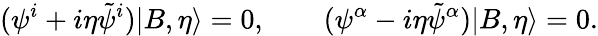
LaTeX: (\psi^{i}+i\eta\tilde{\psi}^{i})|B,\eta\rangle=0,\qquad(\psi^{\alpha}-i\eta\tilde{\psi}^{\alpha})|B,\eta\rangle=0.